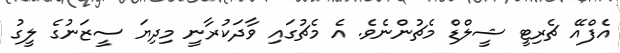
އެފްއޭ ޗެރިޓީ ޝީލްޑް މެޗުންނެވެ. އެ މެޗުގައި ވާދަކުރާނީ މިދިޔަ ސީޒަނުގެ ލީގު